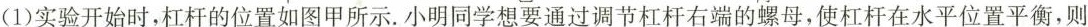
( 1 )实验开始时，杠杆的位置如图甲所示.小明同学想要通过调节杠杆右端的螺母，使杠杆在水平位置平衡，则